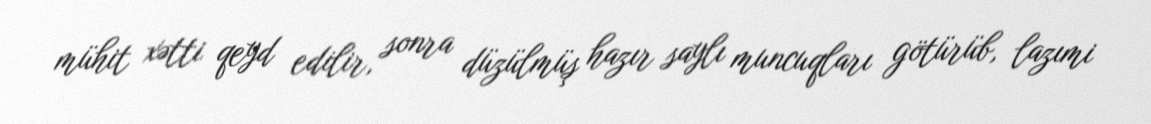
mühit xətti qeyd edilir, sonra düzülmüş hazır saylı muncuqları götürüb, lazımi